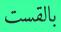
بالقست